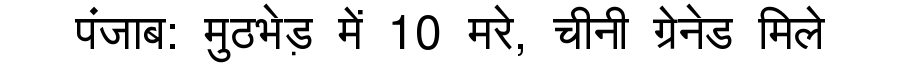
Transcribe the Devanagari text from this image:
पंजाब: मुठभेड़ में 10 मरे, चीनी ग्रेनेड मिले